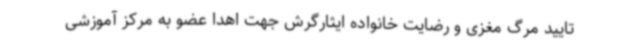
تایید مرگ مغزی و رضایت خانواده ایثارگرش جهت اهدا عضو به مرکز آموزشی